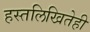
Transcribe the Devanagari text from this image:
हस्तलिखितेही